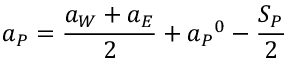
a _ { P } = { \frac { a _ { W } + a _ { E } } { 2 } } + { a _ { P } } ^ { 0 } - { \frac { S _ { P } } { 2 } }